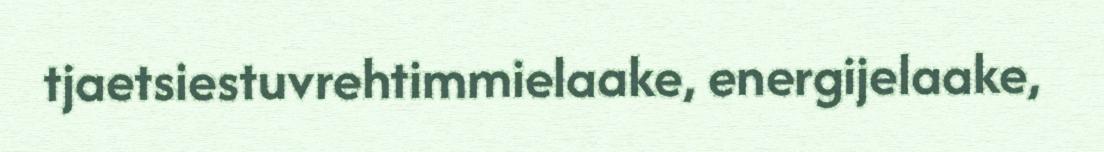
tjaetsiestuvrehtimmielaake, energijelaake,